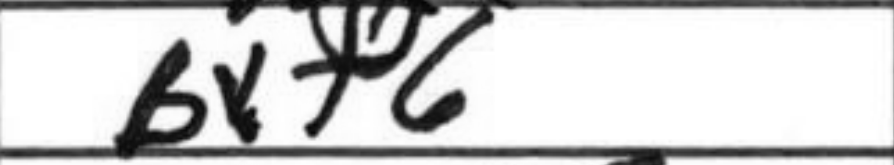
Transcription: Bxf6